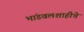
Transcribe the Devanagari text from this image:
भांडवलशाहीचे